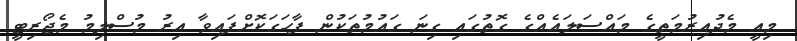
މިއީ މެދުއިރުމަތީގެ މައްސަލައެއްގެ ގޮތުގައި ގިނަ ގައުމުތަކުން ފާހަގަކޮށްފައިވާ އިރު މުސްލިމު މެޖޯރިޓީ